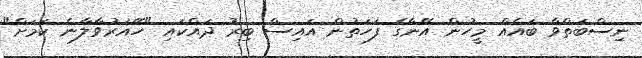
ނިސްބަތްވާ ބައެއް މީހުން އޭނާގެ ފަހަތުން އައިސް ބިރު ދައްކައި "ހޭއަރުވާލާނެ ކަމަށް"